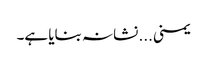
یمنی... نشانہ بنایا ہے۔